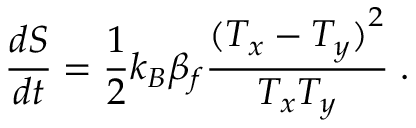
\frac { d S } { d t } = \frac { 1 } { 2 } k _ { B } \beta _ { f } \frac { { ( T _ { x } - T _ { y } ) } ^ { 2 } } { T _ { x } T _ { y } } \; .